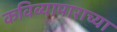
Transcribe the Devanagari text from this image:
कविव्यापाराच्या